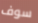
سوف